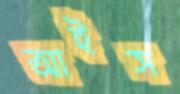
আইস